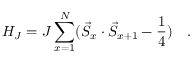
H _ { J } = J \sum _ { x = 1 } ^ { N } ( \vec { S } _ { x } \cdot \vec { S } _ { x + 1 } - \frac { 1 } { 4 } ) \quad .